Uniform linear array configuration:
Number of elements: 48
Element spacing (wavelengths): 1
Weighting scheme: uniform
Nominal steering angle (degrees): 30
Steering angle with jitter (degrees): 31.753
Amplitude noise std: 0.05
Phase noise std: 0.05

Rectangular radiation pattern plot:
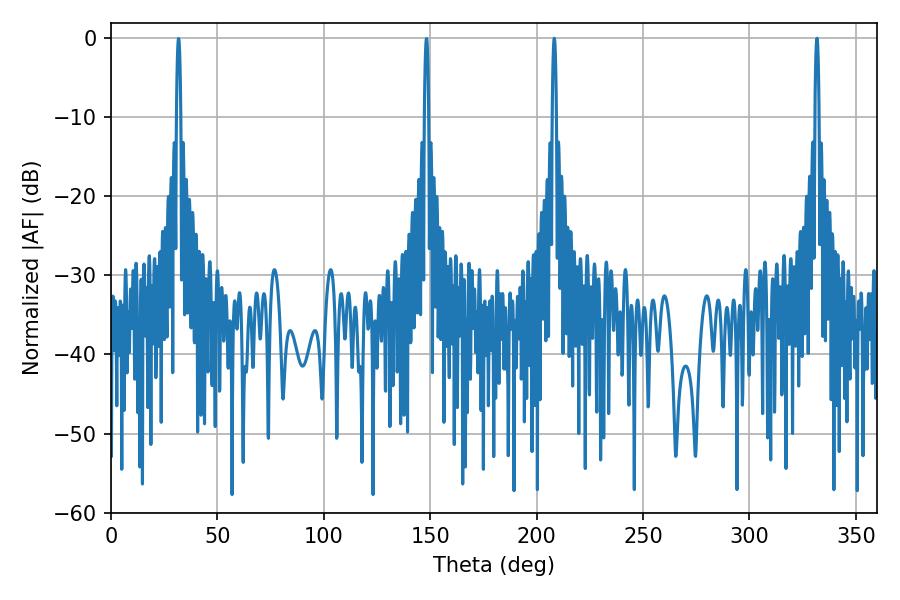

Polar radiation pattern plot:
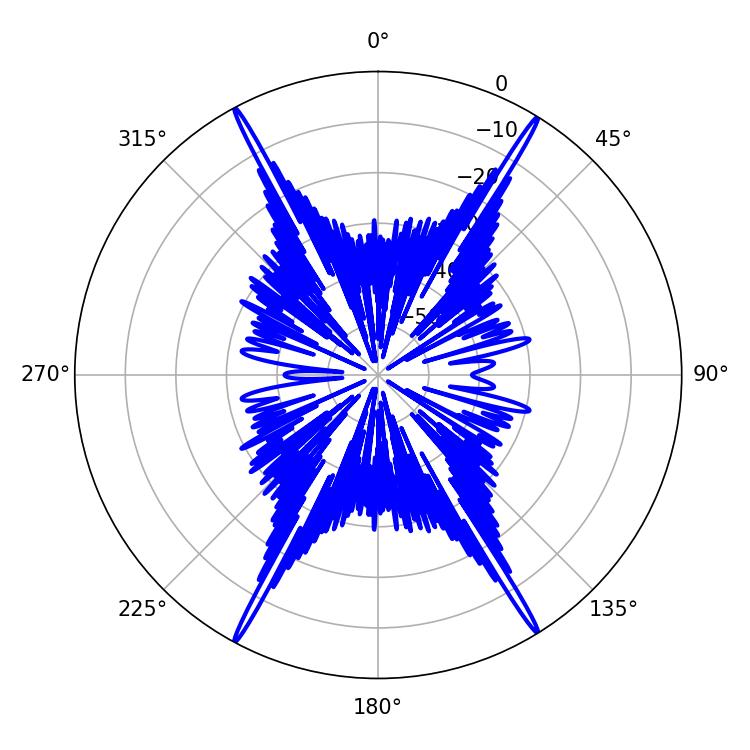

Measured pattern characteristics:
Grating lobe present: TRUE
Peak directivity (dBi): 27.804
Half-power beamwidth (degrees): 1.08
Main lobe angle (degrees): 208.26